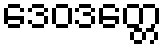
ဒေဝဒတ္တေ